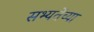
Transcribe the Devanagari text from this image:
सभ्यतेंच्या